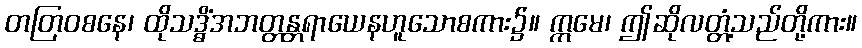
တတြဝစနေ၊ ထိုသဒ္ဓိံအဘတ္တန္တရာယေနဟူသောစကား၌။ ဣမေ၊ ဤဆိုလတ္တံ့သည်တို့ကား။